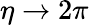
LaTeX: \eta\rightarrow 2\pi